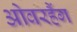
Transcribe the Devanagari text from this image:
ओवरहैंग